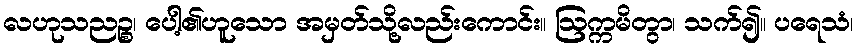
လဟုသညဉ္စ၊ ပေါ့၏ဟူသော အမှတ်သို့လည်းကောင်း။ ဩက္ကမိတွာ၊ သက်၍။ ပရေသံ၊